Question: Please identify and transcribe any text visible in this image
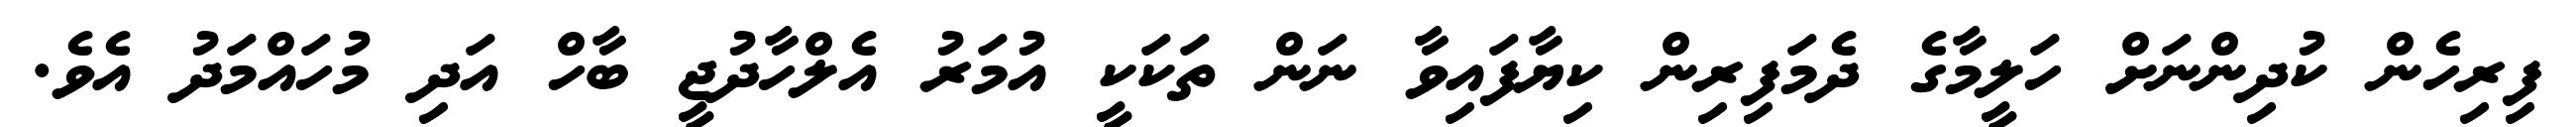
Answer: ފިރިހެން ކުދިންނަށް ހަލީމާގެ ދެމަފިރިން ކިޔާފައިވާ ނަން ތަކަކީ އުމަރު އެލްހާދުޖީ ބާހް އަދި މުހައްމަދު އެވެ.